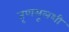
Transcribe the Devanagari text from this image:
तृणमूलशी